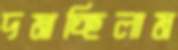
দমাচ্ছিলাম